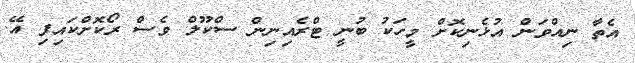
އެތާ ނިއްވަން އުޅެނިކޮށް މީހަކު ބުނީ ޓްރެއިނިން ސްކޫލް ވެސް ރޯކޮށްކައިފި އޭ.